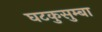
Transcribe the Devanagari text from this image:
घटकुसुम्बा